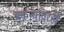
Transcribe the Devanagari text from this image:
बकऱ्यांवरही